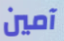
آمين